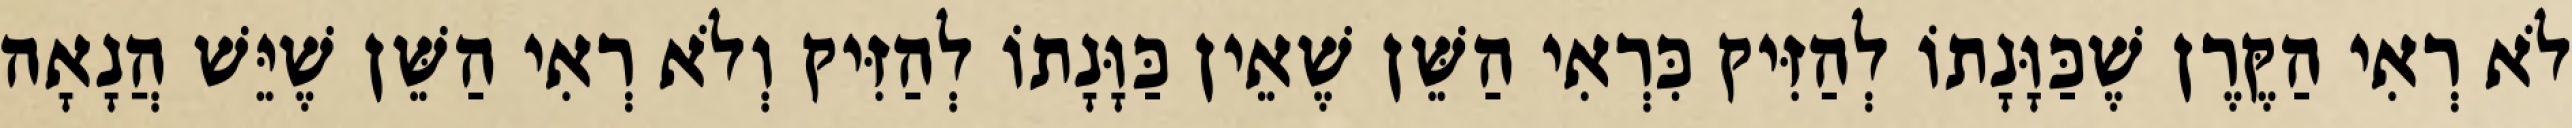
לֹא רְאִי הַקֶּרֶן שֶׁכַּוָּנָתוֹ לְהַזִּיק כִּרְאִי הַשֵּׁן שֶׁאֵין כַּוָּנָתוֹ לְהַזִּיק וְלֹא רְאִי הַשֵּׁן שֶׁיֵּשׁ הֲנָאָה